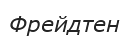
Фрейдтен